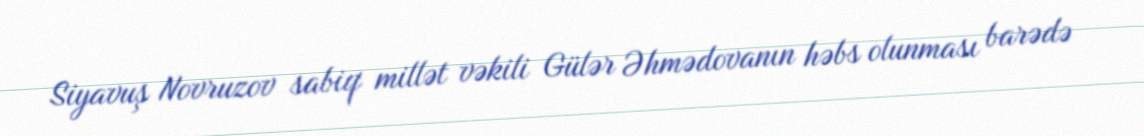
Siyavuş Novruzov sabiq millət vəkili Gülər Əhmədovanın həbs olunması barədə